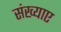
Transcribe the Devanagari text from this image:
संख्याए